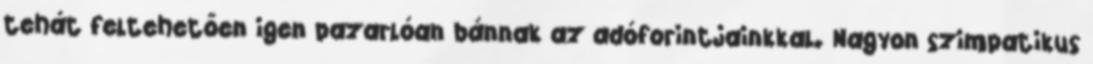
tehát feltehetően igen pazarlóan bánnak az adóforintjainkkal. Nagyon szimpatikus